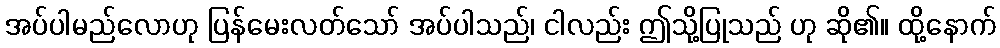
အပ်ပါမည်လောဟု ပြန်မေးလတ်သော် အပ်ပါသည်၊ ငါလည်း ဤသို့ပြုသည် ဟု ဆို၏။ ထို့နောက်